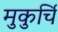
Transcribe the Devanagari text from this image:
मुकुर्चि